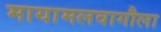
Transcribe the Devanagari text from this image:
मायामलवागौला